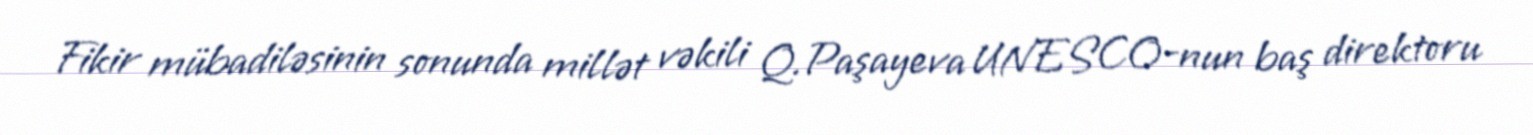
Fikir mübadiləsinin sonunda millət vəkili Q.Paşayeva UNESCO-nun baş direktoru